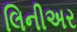
લિનીઅર